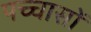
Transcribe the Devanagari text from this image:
पच्चासों